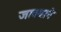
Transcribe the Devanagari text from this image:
जावयाने